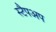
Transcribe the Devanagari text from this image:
स्टैपअप